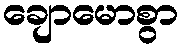
ချောမောစွာ